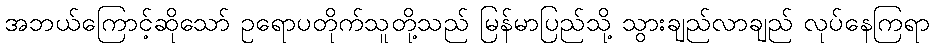
အဘယ်ကြောင့်ဆိုသော် ဥရောပတိုက်သူတို့သည် မြန်မာပြည်သို့ သွားချည်လာချည် လုပ်နေကြရာ